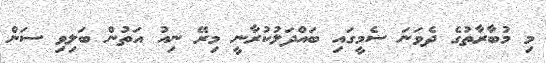
މި މުބާރާތުގެ ދެވަނަ ސެމީގައި ބައްދަލުކުރާނީ މިރޭ ނިއު އަތުން ބަލިވި ސަން